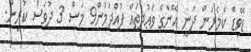
ޑޭވިޑް ކެމެރަން ދަނީ އޭނާގެ ވަޢުދުތައް ފުއްދަމުން9 މަސް 3 ދުވަސް ކުރިން.